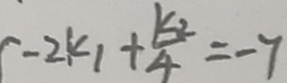
- 2 k _ { 1 } + \frac { k _ { 2 } } { 4 } = - 7